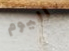
اليوم